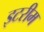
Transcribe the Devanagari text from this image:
इटरीम